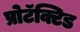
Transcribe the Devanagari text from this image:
प्रोटॅक्टिड